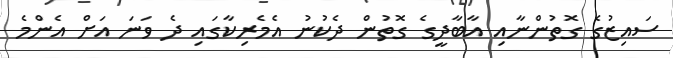
ސައިޒުގެ ގޮތުންނާއި އާބާދީގެ ގޮތުން ދެކުނު އެމެރިކާގައި ދެ ވަނަ އަށް އެންމެ